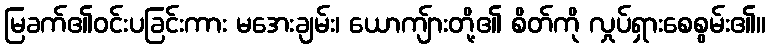
မြခက်၏ဝင်းပခြင်းကား မအေးချမ်း၊ ယောကျ်ားတို့၏ စိတ်ကို လှုပ်ရှားစေစွမ်း၏။